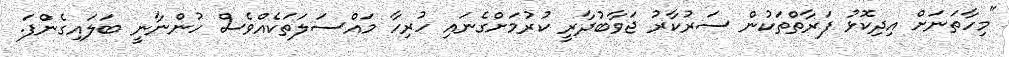
"މިހާތަނަށް އިދިކޮޅު ފަރާތްތަކުން ސަރުކާރު ޖަވާބުދާރީ ކުރުމަށްގެނައި ހުރިހާ މައްސަލަތަކެއްވެސް ހުންނާނީ ބަލައިގެންފަ.